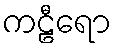
ကဠီရော